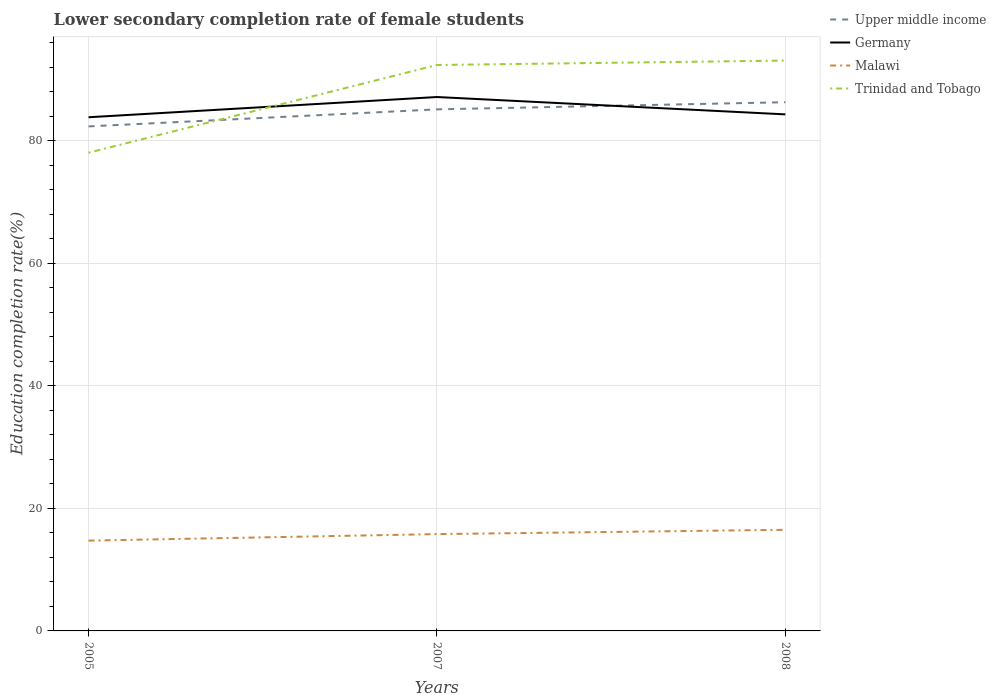
| Years | Upper middle income | Germany | Malawi | Trinidad and Tobago |
 | --- | --- | --- | --- | --- |
 | 2005 | 82.4 | 83.9 | 14.7 | 78.1 |
 | 2007 | 85.1 | 87.2 | 15.8 | 92.4 |
 | 2008 | 86.3 | 84.3 | 16.5 | 93.1 |